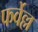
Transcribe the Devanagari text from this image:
फर्वेल्ल